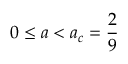
0 \leq a < a _ { c } = \frac { 2 } { 9 }